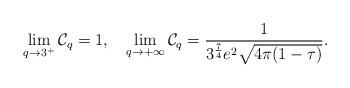
LaTeX: \begin{align*}\lim_{q\rightarrow3^{+}}\mathcal{C}_{q}=1,\quad\lim_{q\rightarrow+\infty}\mathcal{C}_{q}=\frac{1}{3^{\frac{7}{4}}e^{2}\sqrt{4\pi(1-\tau)}}.\end{align*}